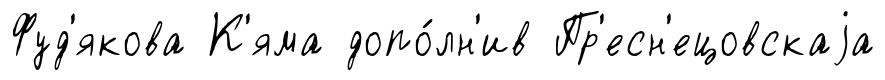
Фуд'якова К'яма допо́лн'ив Пр'есн'ецовскаjа